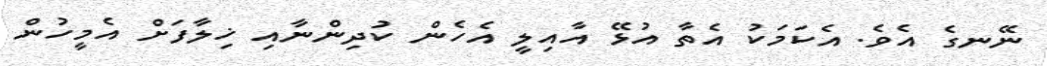
ނޭނގެ އެވެ. އެކަމަކު އެތާ އުޅޭ އާއިލީ އެހެން ކުދިންނާއި ޚިލާފަށް އެމީހުން